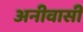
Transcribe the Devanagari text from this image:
अनीवासी